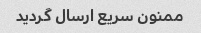
ممنون سریع ارسال گردید